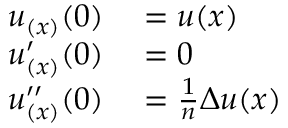
\begin{array} { r l } { u _ { ( x ) } ( 0 ) } & { { } = u ( x ) } \\ { u _ { ( x ) } ^ { \prime } ( 0 ) } & { { } = 0 } \\ { u _ { ( x ) } ^ { \prime \prime } ( 0 ) } & { { } = { \frac { 1 } { n } } \Delta u ( x ) } \end{array}